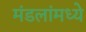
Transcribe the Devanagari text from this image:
मंडलांमध्ये